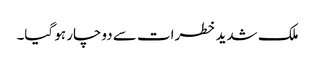
ملک شدید خطرات سے دوچار ہو گیا۔